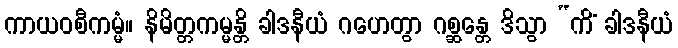
ကာယဝစီကမ္မံ။ နိမိတ္တကမ္မန္တိ ခါဒနီယံ ဂဟေတွာ ဂစ္ဆန္တေ ဒိသွာ “ကိံ ခါဒနီယံ